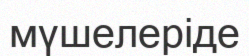
мүшелеріде